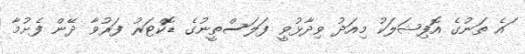
ައެ ތަނުގެ އޮފިޝަލަކު މިއަދު ވިދާޅުވީ ފަލަސްތީނުގެ ޑޮކްޓަރު ފަރުވާ ދޭން ފެށުމާ